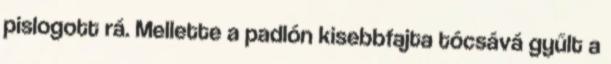
pislogott rá. Mellette a padlón kisebbfajta tócsává gyűlt a